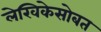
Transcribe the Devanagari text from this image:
लेखिकेसोबत